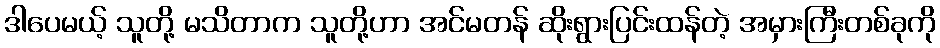
ဒါပေမယ့် သူတို့ မသိတာက သူတို့ဟာ အင်မတန် ဆိုးရွားပြင်းထန်တဲ့ အမှားကြီးတစ်ခုကို